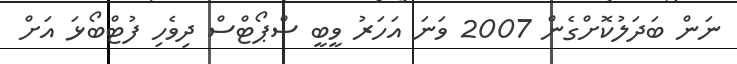
ނަން ބަދަލުކޮށްގެން 2007 ވަނަ އަހަރު ވީބީ ސްޕޯޓްސް ދިވެހި ފުޓްބޯޅަ އަށް